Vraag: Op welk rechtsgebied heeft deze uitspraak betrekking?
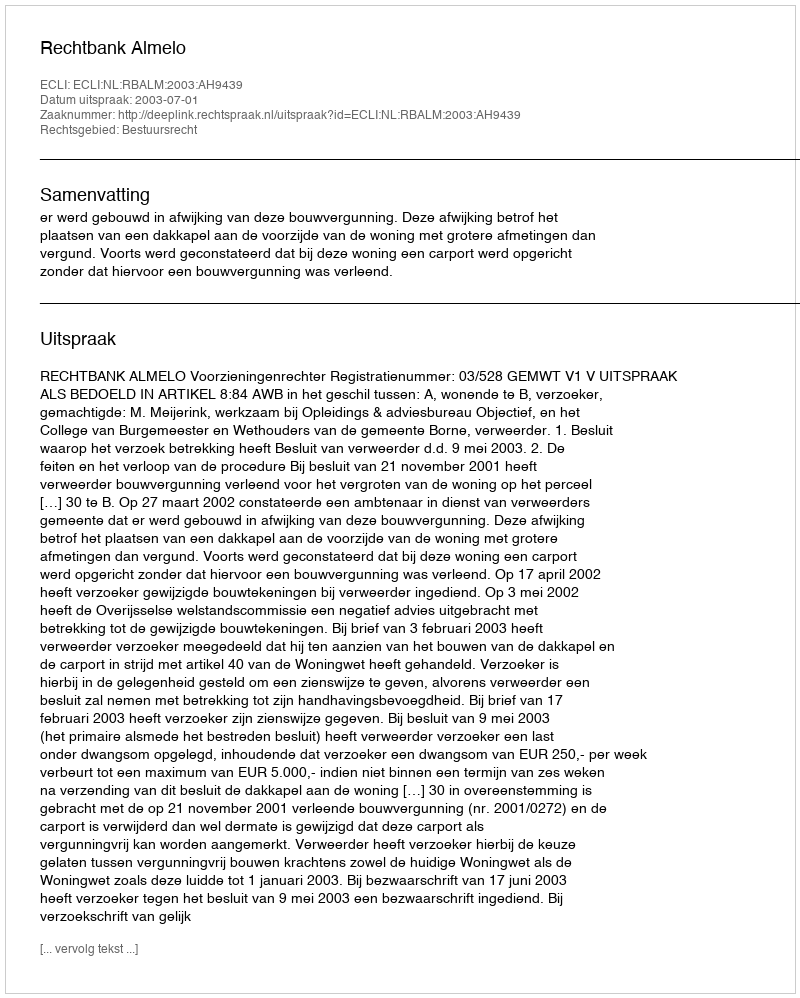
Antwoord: Bestuursrecht